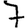
Digit: 7